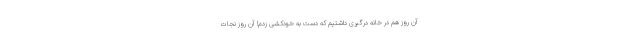
آن روز هم در خانه درگیری داشتیم که دست به خودکشی زدم! آن روز نجات